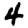
Digit: 4